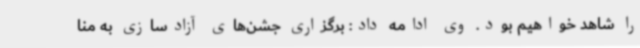
را شاهد خواهیم بود. وی ادامه داد: برگزاری جشن‌های آزادسازی به منا